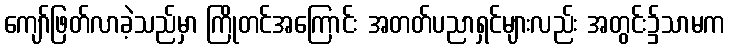
ကျော်ဖြတ်လာခဲ့သည်မှာ ကြိုတင်အကြောင်း အတတ်ပညာရှင်များလည်း အတွင်း၌သာမက